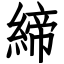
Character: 締